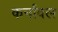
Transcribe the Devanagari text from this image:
कर्नावल